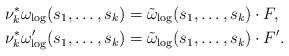
LaTeX: \begin{align*}\nu_k^*\omega_{\log}(s_1,\ldots,s_k)&=\tilde{\omega}_{\log}(s_1,\ldots,s_k)\cdot F,\\\nu_k^*\omega'_{\log}(s_1,\ldots,s_k)&=\tilde{\omega}_{\log}(s_1,\ldots,s_k)\cdot F'.\end{align*}